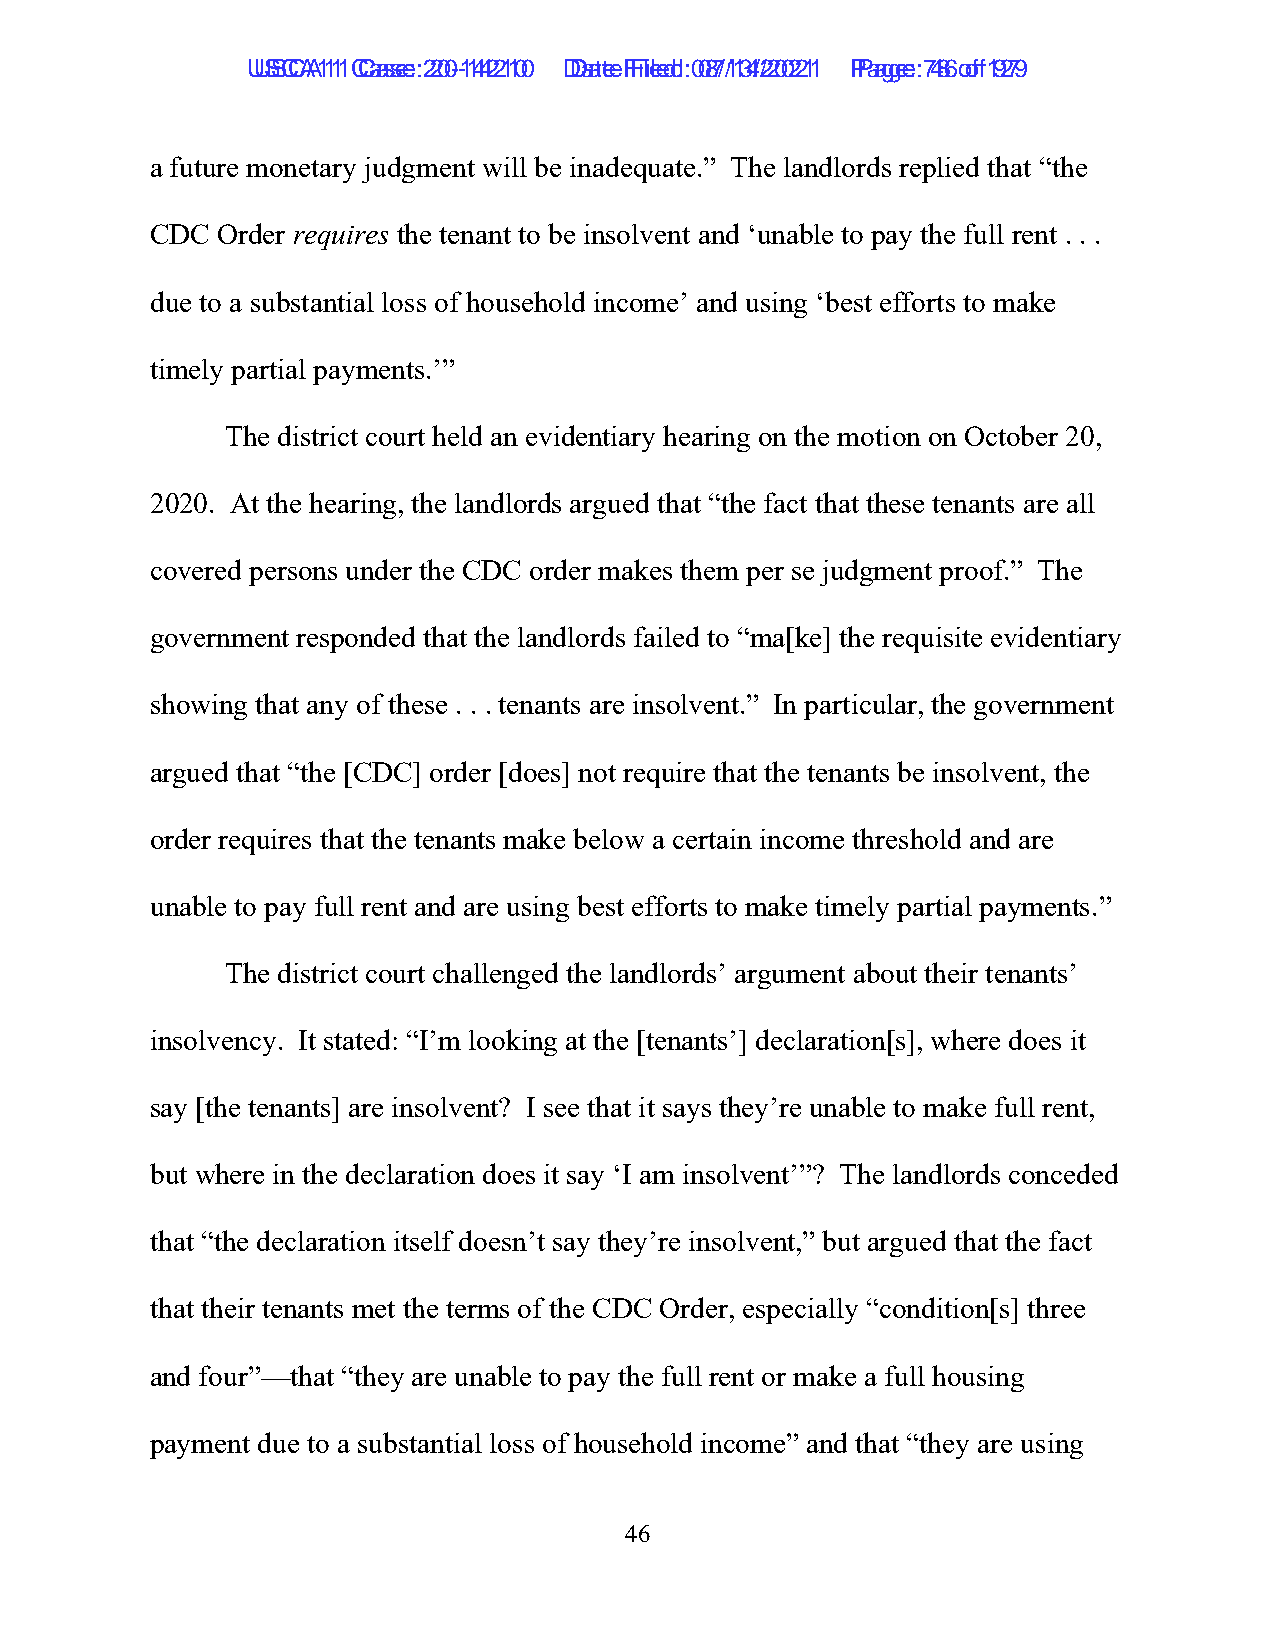
UUSSCCAA1111 C Caassee: :2 200--1144221100 D Daatete F Filieledd: :0 087/1/134/2/2002211 P Paaggee: :7 486 o of f1 9279
 a future monetary judgment will be inadequate.” The landlords replied that “the
 CDC Order requires the tenant to be insolvent and ‘unable to pay the full rent . . .
 due to a substantial loss of household income’ and using ‘best efforts to make
 timely partial payments.’”
 The district court held an evidentiary hearing on the motion on October 20,
 2020. At the hearing, the landlords argued that “the fact that these tenants are all
 covered persons under the CDC order makes them per se judgment proof.” The
 government responded that the landlords failed to “ma[ke] the requisite evidentiary
 showing that any of these . . . tenants are insolvent.” In particular, the government
 argued that “the [CDC] order [does] not require that the tenants be insolvent, the
 order requires that the tenants make below a certain income threshold and are
 unable to pay full rent and are using best efforts to make timely partial payments.”
 The district court challenged the landlords’ argument about their tenants’
 insolvency. It stated: “I’m looking at the [tenants’] declaration[s], where does it
 say [the tenants] are insolvent? I see that it says they’re unable to make full rent,
 but where in the declaration does it say ‘I am insolvent’”? The landlords conceded
 that “the declaration itself doesn’t say they’re insolvent,” but argued that the fact
 that their tenants met the terms of the CDC Order, especially “condition[s] three
 and four”—that “they are unable to pay the full rent or make a full housing
 payment due to a substantial loss of household income” and that “they are using
 46